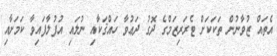
އެތައް ޒުވާނުން ތަކަކަށް ޓެރަރިޒަމްގެ ދޮގު ދަޢުވާ ހައްޤަކާއި ނުލައި އުފުލާފައިވާ ކަމަށާއި